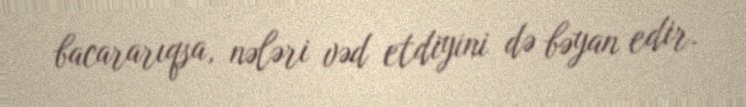
bacararıqsa, nələri vəd etdiyini də bəyan edir.